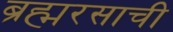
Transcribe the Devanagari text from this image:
ब्रह्मरसाची